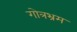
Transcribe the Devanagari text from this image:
गोत्रभ्रम